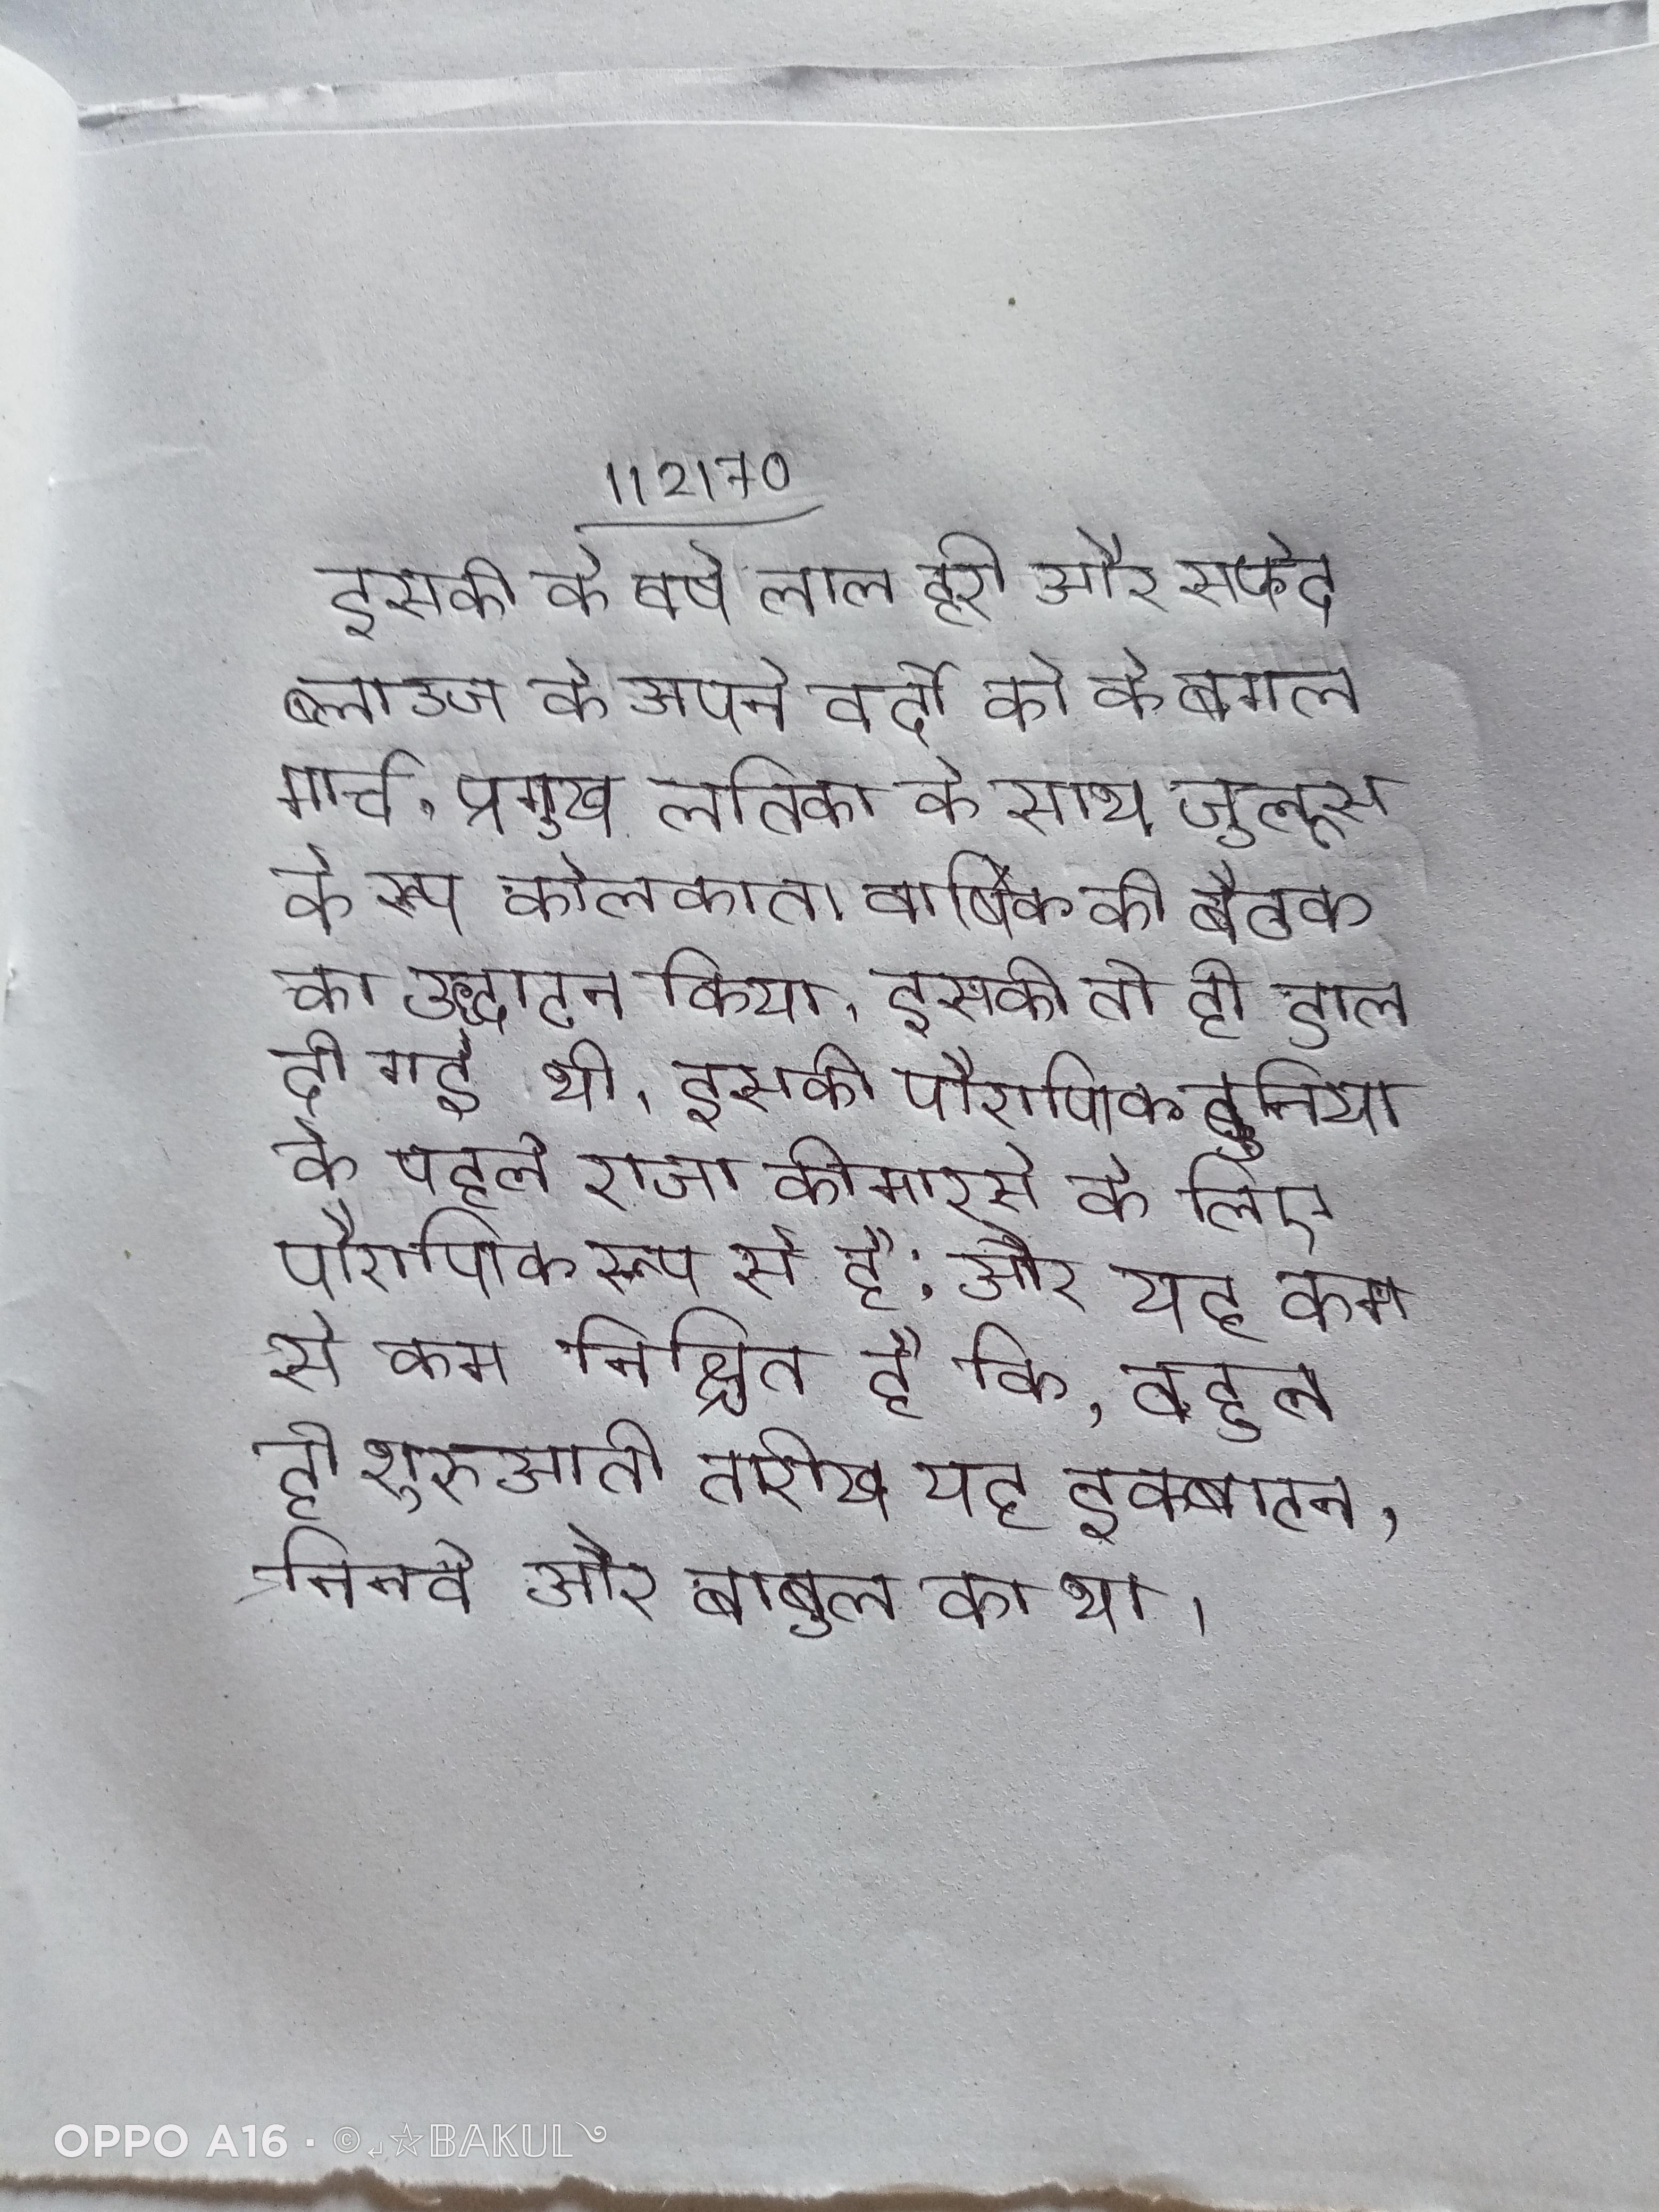
इसकी के वर्ष लाल हरी और सफेद ब्लाउज के अपने वर्दी को के बगल मार्च, प्रमुख लतिका के साथ जुलूस के रूप कोलकाता वार्षिक की बैठक का उद्घाटन किया । इसकी तो ही डाल दी गई थी । इसकी पौराणिक दुनिया के पहले राजा कीमारर्स के लिए पौराणिक रूप से है; और यह कम से कम निश्चित है कि, बहुत ही शुरुआती तारीख यह इक्बाटन, निनवे और बाबुल का था ।